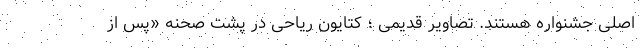
اصلی جشنواره هستند. تصاویر قدیمی ؛ کتایون ریاحی در پشت صحنه «پس از